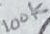
Text: 100K